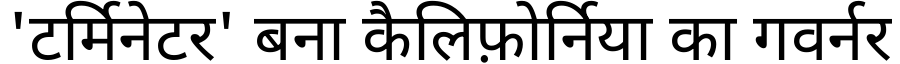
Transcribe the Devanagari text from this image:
'टर्मिनेटर' बना कैलिफ़ोर्निया का गवर्नर